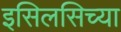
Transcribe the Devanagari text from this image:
इसिलसिच्या